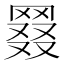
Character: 𦋖